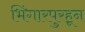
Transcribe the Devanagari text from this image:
भिंगारपुरहून